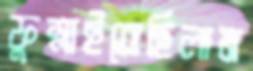
ফুস্‌লাইতেছিলাম